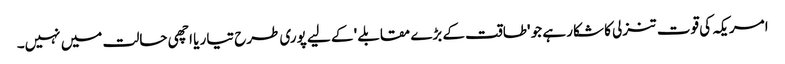
امریکہ کی قوت تنزلی کا شکار ہے جو 'طاقت کے بڑے مقابلے ' کے لیے پوری طرح تیار یا اچھی حالت میں نہیں۔